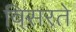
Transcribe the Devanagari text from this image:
विसरते